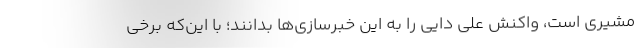
مشیری است، واکنش علی دایی را به این خبرسازی‌ها بدانند؛ با این‌که برخی